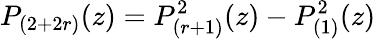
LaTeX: P_{(2+2r)}(z)=P_{(r+1)}^{2}(z)-P_{(1)}^{2}(z)